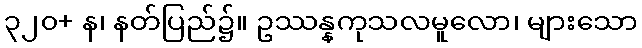
၃၂၀+ န၊ နတ်ပြည်၌။ ဥဿန္နကုသလမူလော၊ များသော